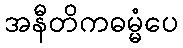
အနီတိကဓမ္မံပေ